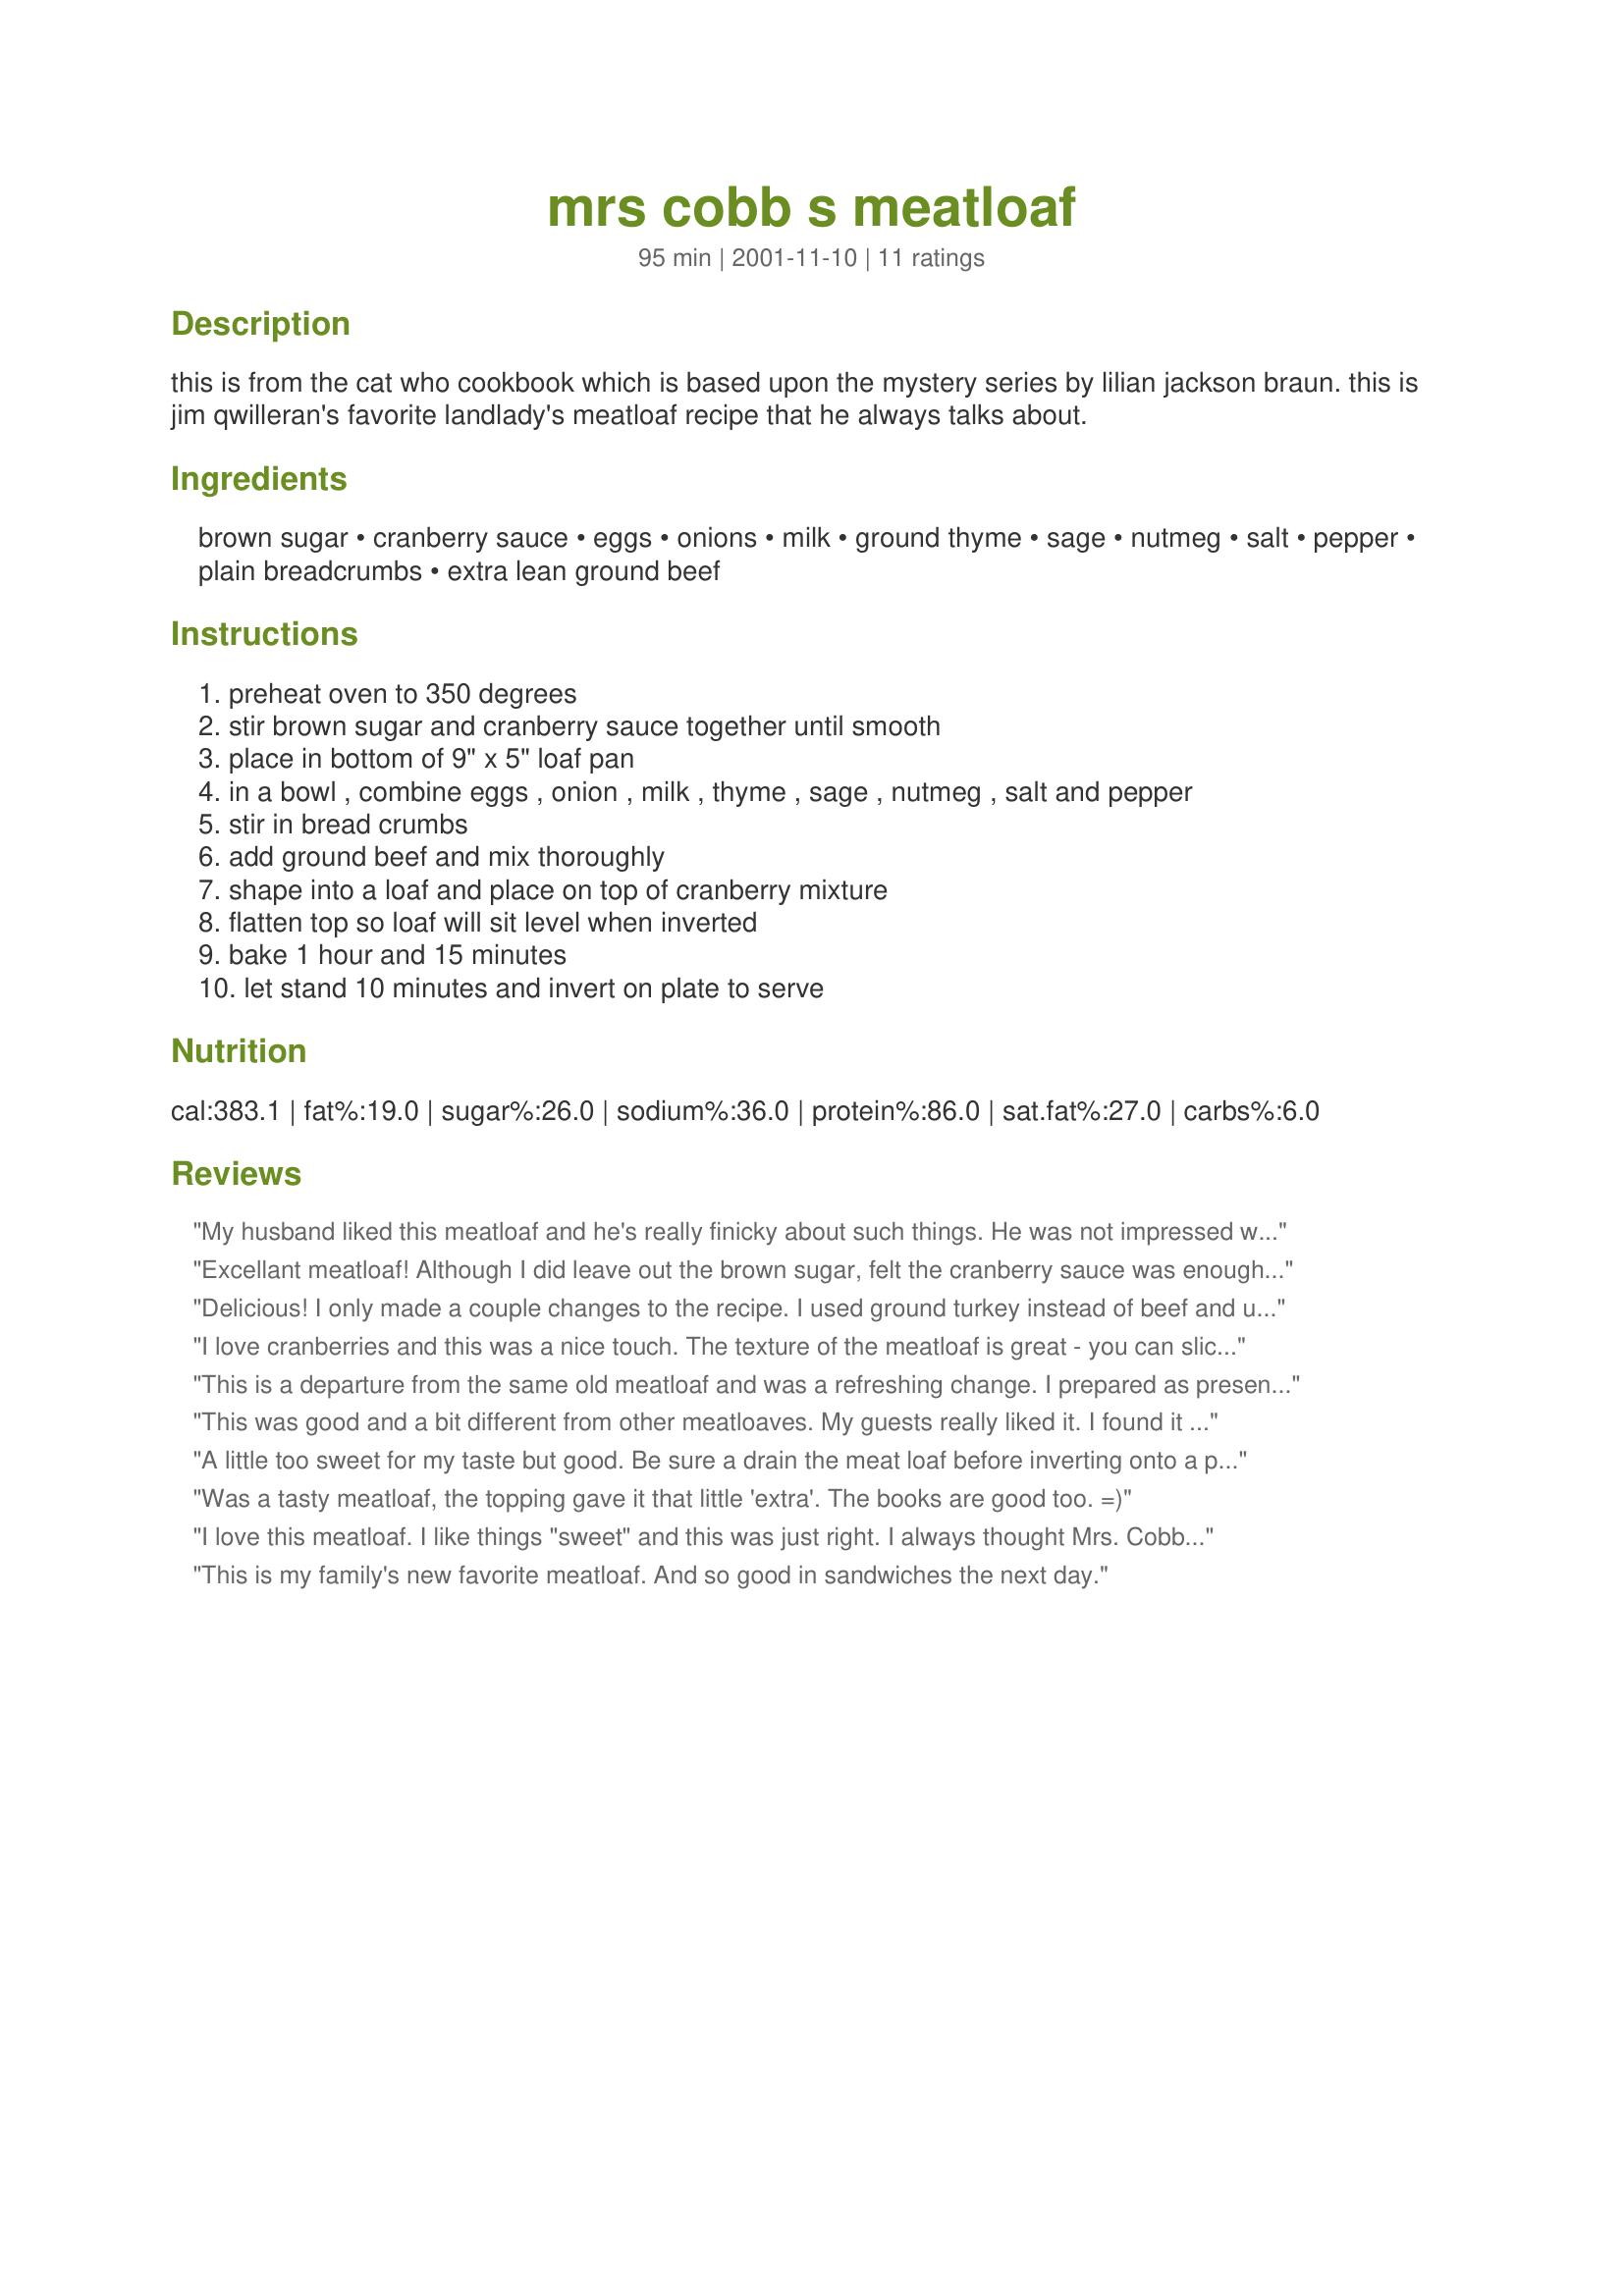
mrs cobb s meatloaf
Preparation time: 95 minutes

this is from the cat who cookbook which is based upon the mystery series by lilian jackson braun. this is jim qwilleran's favorite landlady's meatloaf recipe that he always talks about.

Ingredients:
brown sugar, cranberry sauce, eggs, onions, milk, ground thyme, sage, nutmeg, salt, pepper, plain breadcrumbs, extra lean ground beef

Steps:
preheat oven to 350 degrees
stir brown sugar and cranberry sauce together until smooth
place in bottom of 9" x 5" loaf pan
in a bowl , combine eggs , onion , milk , thyme , sage , nutmeg , salt and pepper
stir in bread crumbs
add ground beef and mix thoroughly
shape into a loaf and place on top of cranberry mixture
flatten top so loaf will sit level when inverted
bake 1 hour and 15 minutes
let stand 10 minutes and invert on plate to serve

Reviews:
My husband liked this meatloaf and he's really finicky about such things. He was not impressed with the idea of using cranberry sauce, but we both liked the sweet-tart flavor on top of the dish. I used Italian-seasoned breadcrumbs and added a little dry mustard, as suggested by another rater.
Good stuff!
Excellant meatloaf! Although I did leave out the brown sugar, felt the cranberry sauce was enough. I used homemade cranberry sauce left from the Holidays, spread down the middle of the meatloaf. I only had one pound of extra lean ground beef so mine came out a bit smaller, but it was delicious! and held together well. Great seasonings! DH loved it too and I will be making it again, thanks for sharing.
Delicious! I only made a couple changes to the recipe. I used ground turkey instead of beef and used about a T. of molasses instead of brown sugar. I also baked it up the day before I served it and reheated it. Worked out great. I chose the recipe because I had a can of cranberry that I wanted to use up and Dh isn't a fan of cranberry sauce and he enjoyed it very much. Thanks for sharing the recipe.
I love cranberries and this was a nice touch. The texture of the meatloaf is great - you can slice it but it is not too firm. I served it with black asparagus and a green bean/carrot casserole, Thanks for a keeper
This is a departure from the same old meatloaf and was a refreshing change. I prepared as presented here but wonder if a little dry mustard might give it a little more character. Next time, I'll try it in two pans and do a back to back test. Thanks mysterygirl!
This was good and a bit different from other meatloaves. My guests really liked it. I found it a bit too sweet though. Easy to do.
A little too sweet for my taste but good. Be sure a drain the meat loaf before inverting onto a plate or you'll get melted cranberry sauce/brown sugar/grease mixture all over the place.
Was a tasty meatloaf, the topping gave it that little 'extra'. The books are good too. =)
I love this meatloaf. 
I like things "sweet" and this was just right. I always thought Mrs. Cobb sounded like she was a good cook! I used homemade cranberry sauce because it has nice whole cranberries in it.
This is my family's new favorite meatloaf. And so good in sandwiches the next day.
Gosh this is SO good! The cranberry sauce caramelizes and you end up with this delicious sauce! I followed ther recipe 100% and made it twice. (The 2nd time I added dried cramberries, but can't wait to try with fresh ones.) Thanks for sharing!
